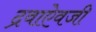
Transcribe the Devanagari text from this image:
द्रवाऐवजी